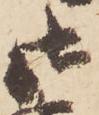
御